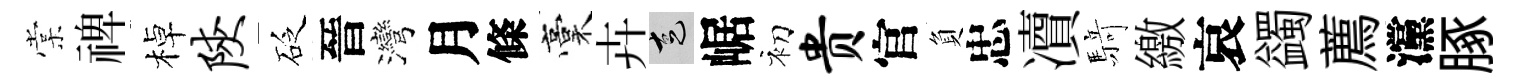
棠禆棹陕砭晉灣月條稾卉走崌初贵官負忠凟𮪍繳哀蠲薦灙䐁